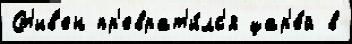
Ст'ив'ен пр'еврат'и́лс'я цар'е́й в